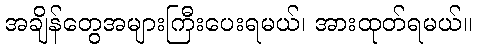
အချိန်တွေအများကြီးပေးရမယ်၊ အားထုတ်ရမယ်။